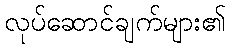
လုပ်ဆောင်ချက်များ၏